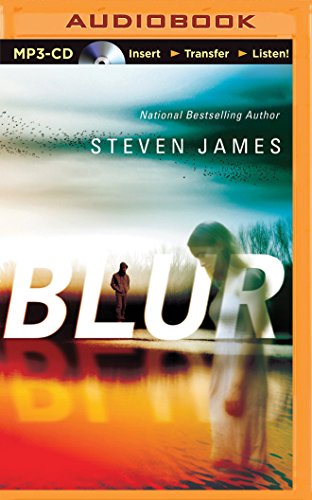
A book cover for Blur (Blur Trilogy); Steven James; Teen & Young Adult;